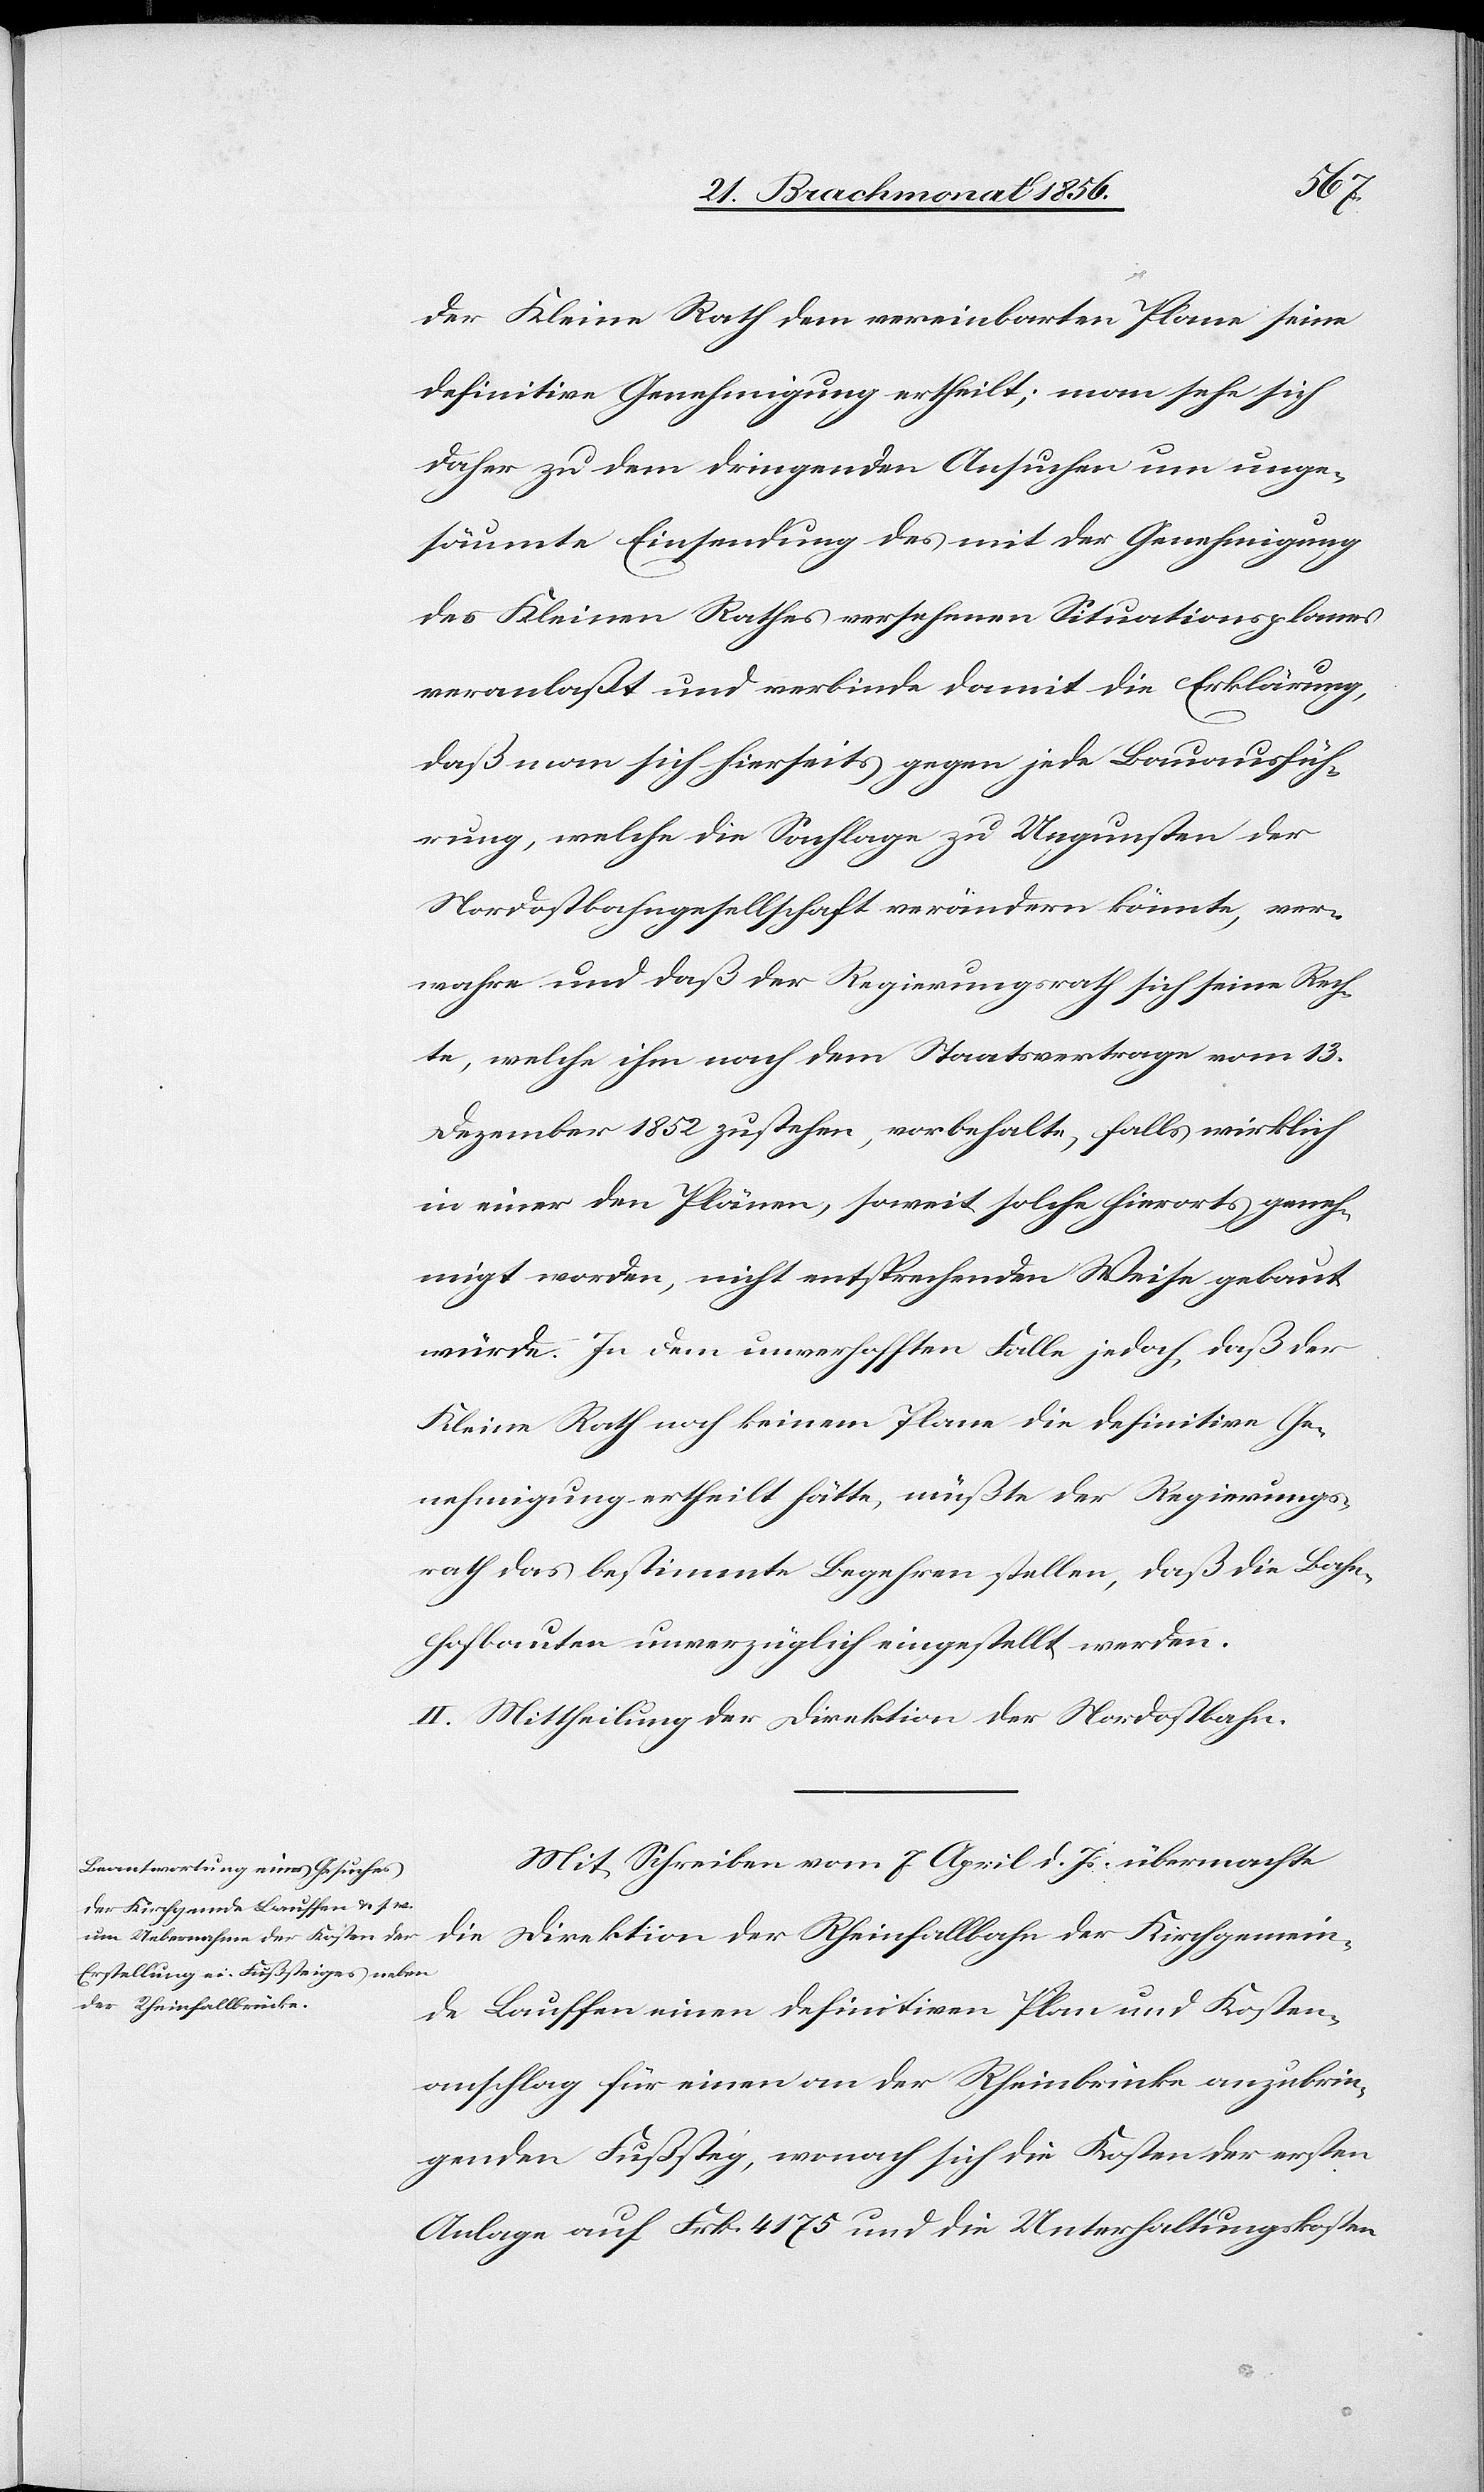
der Kleine Rath dem vereinbarten Plane seine
definitive Genehmigung ertheilt; man sehe sich
daher zu dem dringenden Ansuchen um unge¬
säumte Einsendung des mit der Genehmigung
des Kleinen Rathes versehenen Situationsplanes
veranlaßt und verbinde damit die Erklärung,
daß man sich hierseits gegen jede Bauausfüh¬
rung, welche die Sachlage zu Ungunsten der
Nordostbahngesellschaft verändern könnte, ver¬
wahre und daß der Regierungsrath sich seine Rech¬
te, welche ihm nach dem Staatsvertrage vom 13.
Dezember 1852 zustehen, vorbehalte, falls wirklich
in einer den Plänen, soweit solche hierorts geneh¬
migt worden, nicht entsprechenden Weise gebaut
würde. In dem unverhofften Falle jedoch, daß der
Kleine Rath noch keinem Plane die definitive Ge¬
nehmigung ertheilt hätte, müßte der Regierungs¬
rath das bestimmte Begehren stellen, daß die Bahn¬
hofbauten unverzüglich eingestellt werden.
II. Mittheilung der Direktion der Nordostbahn.
Mit Schreiben vom 7 April d. Js. übermachte
die Direktion der Rheinfallbahn der Kirchgemein¬
de Lauffen einen definitiven Plan und Kosten¬
anschlag für einen an der Rheinbrücke anzubrin¬
genden Fußsteg, wonach sich die Kosten der ersten
Anlage auf Frk. 4175 und die Unterhaltungskosten